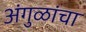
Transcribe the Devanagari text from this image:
अंगुळांचा